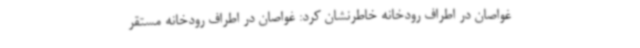
غواصان در اطراف رودخانه خاطرنشان کرد: غواصان در اطراف رودخانه مستقر